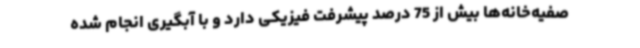
صفیه‌خانه‌ها بیش از 75 درصد پیشرفت فیزیکی دارد و با آبگیری انجام شده